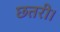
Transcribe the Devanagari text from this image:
छतरी।